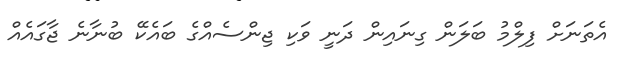
އެތަނަށް ފިލްމު ބަލަން ގިނައިން ދަނީ ވަކި ޖިންސެއްގެ ބައެކޭ ބުނާނެ ޖާގައެއް